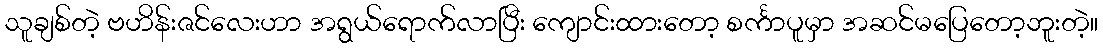
သူချစ်တဲ့ ဗဟိန်းဇင်လေးဟာ အရွယ်ရောက်လာပြီး ကျောင်းထားတော့ စင်္ကာပူမှာ အဆင်မပြေတော့ဘူးတဲ့။